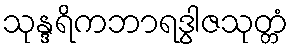
သုန္ဒရိကဘာရဒွါဇသုတ္တံ